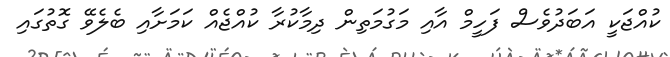
ކުއްޖަކީ އަބަދުވެސް ފަހީމް އާއި މަގުމަތިން ދިމާކުރާ ކުއްޖެއް ކަމަށާއި ބެލެވޭ ގޮތުގައި